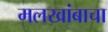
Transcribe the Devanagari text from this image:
मलखांबाचा